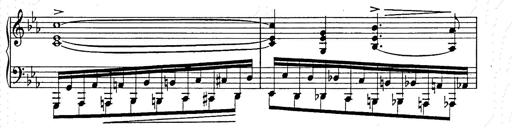
Title: Ballade No.2
Composer: Jan Skrzydlewski
Key: B minor